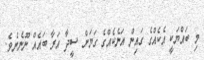
މި ބައްޔަކީ އެކެއްގެ ގައިން އަނެކެއްގެ ގަޔަށް ސީދާ އަރާ ބައެއް ނޫނެނެވެ.